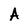
Character: A